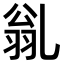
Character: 𠃽